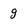
Character: g